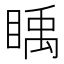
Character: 𥈋